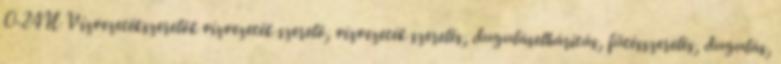
0-24H Vízvezetékszerelők vízvezeték szerelő, vízvezeték szerelés, duguláselhárítás, fűtésszerelés, dugulás,